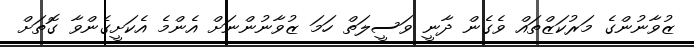
ޒުވާނުންގެ މަރުކަޒްތައް ވެގެން ދާނީ ވަސީލަތް ހަމަ ޒުވާނުންނަށް އެންމެ އެކަށީގެންވާ ގޮތަށް